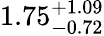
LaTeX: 1.75_{-0.72}^{+1.09}